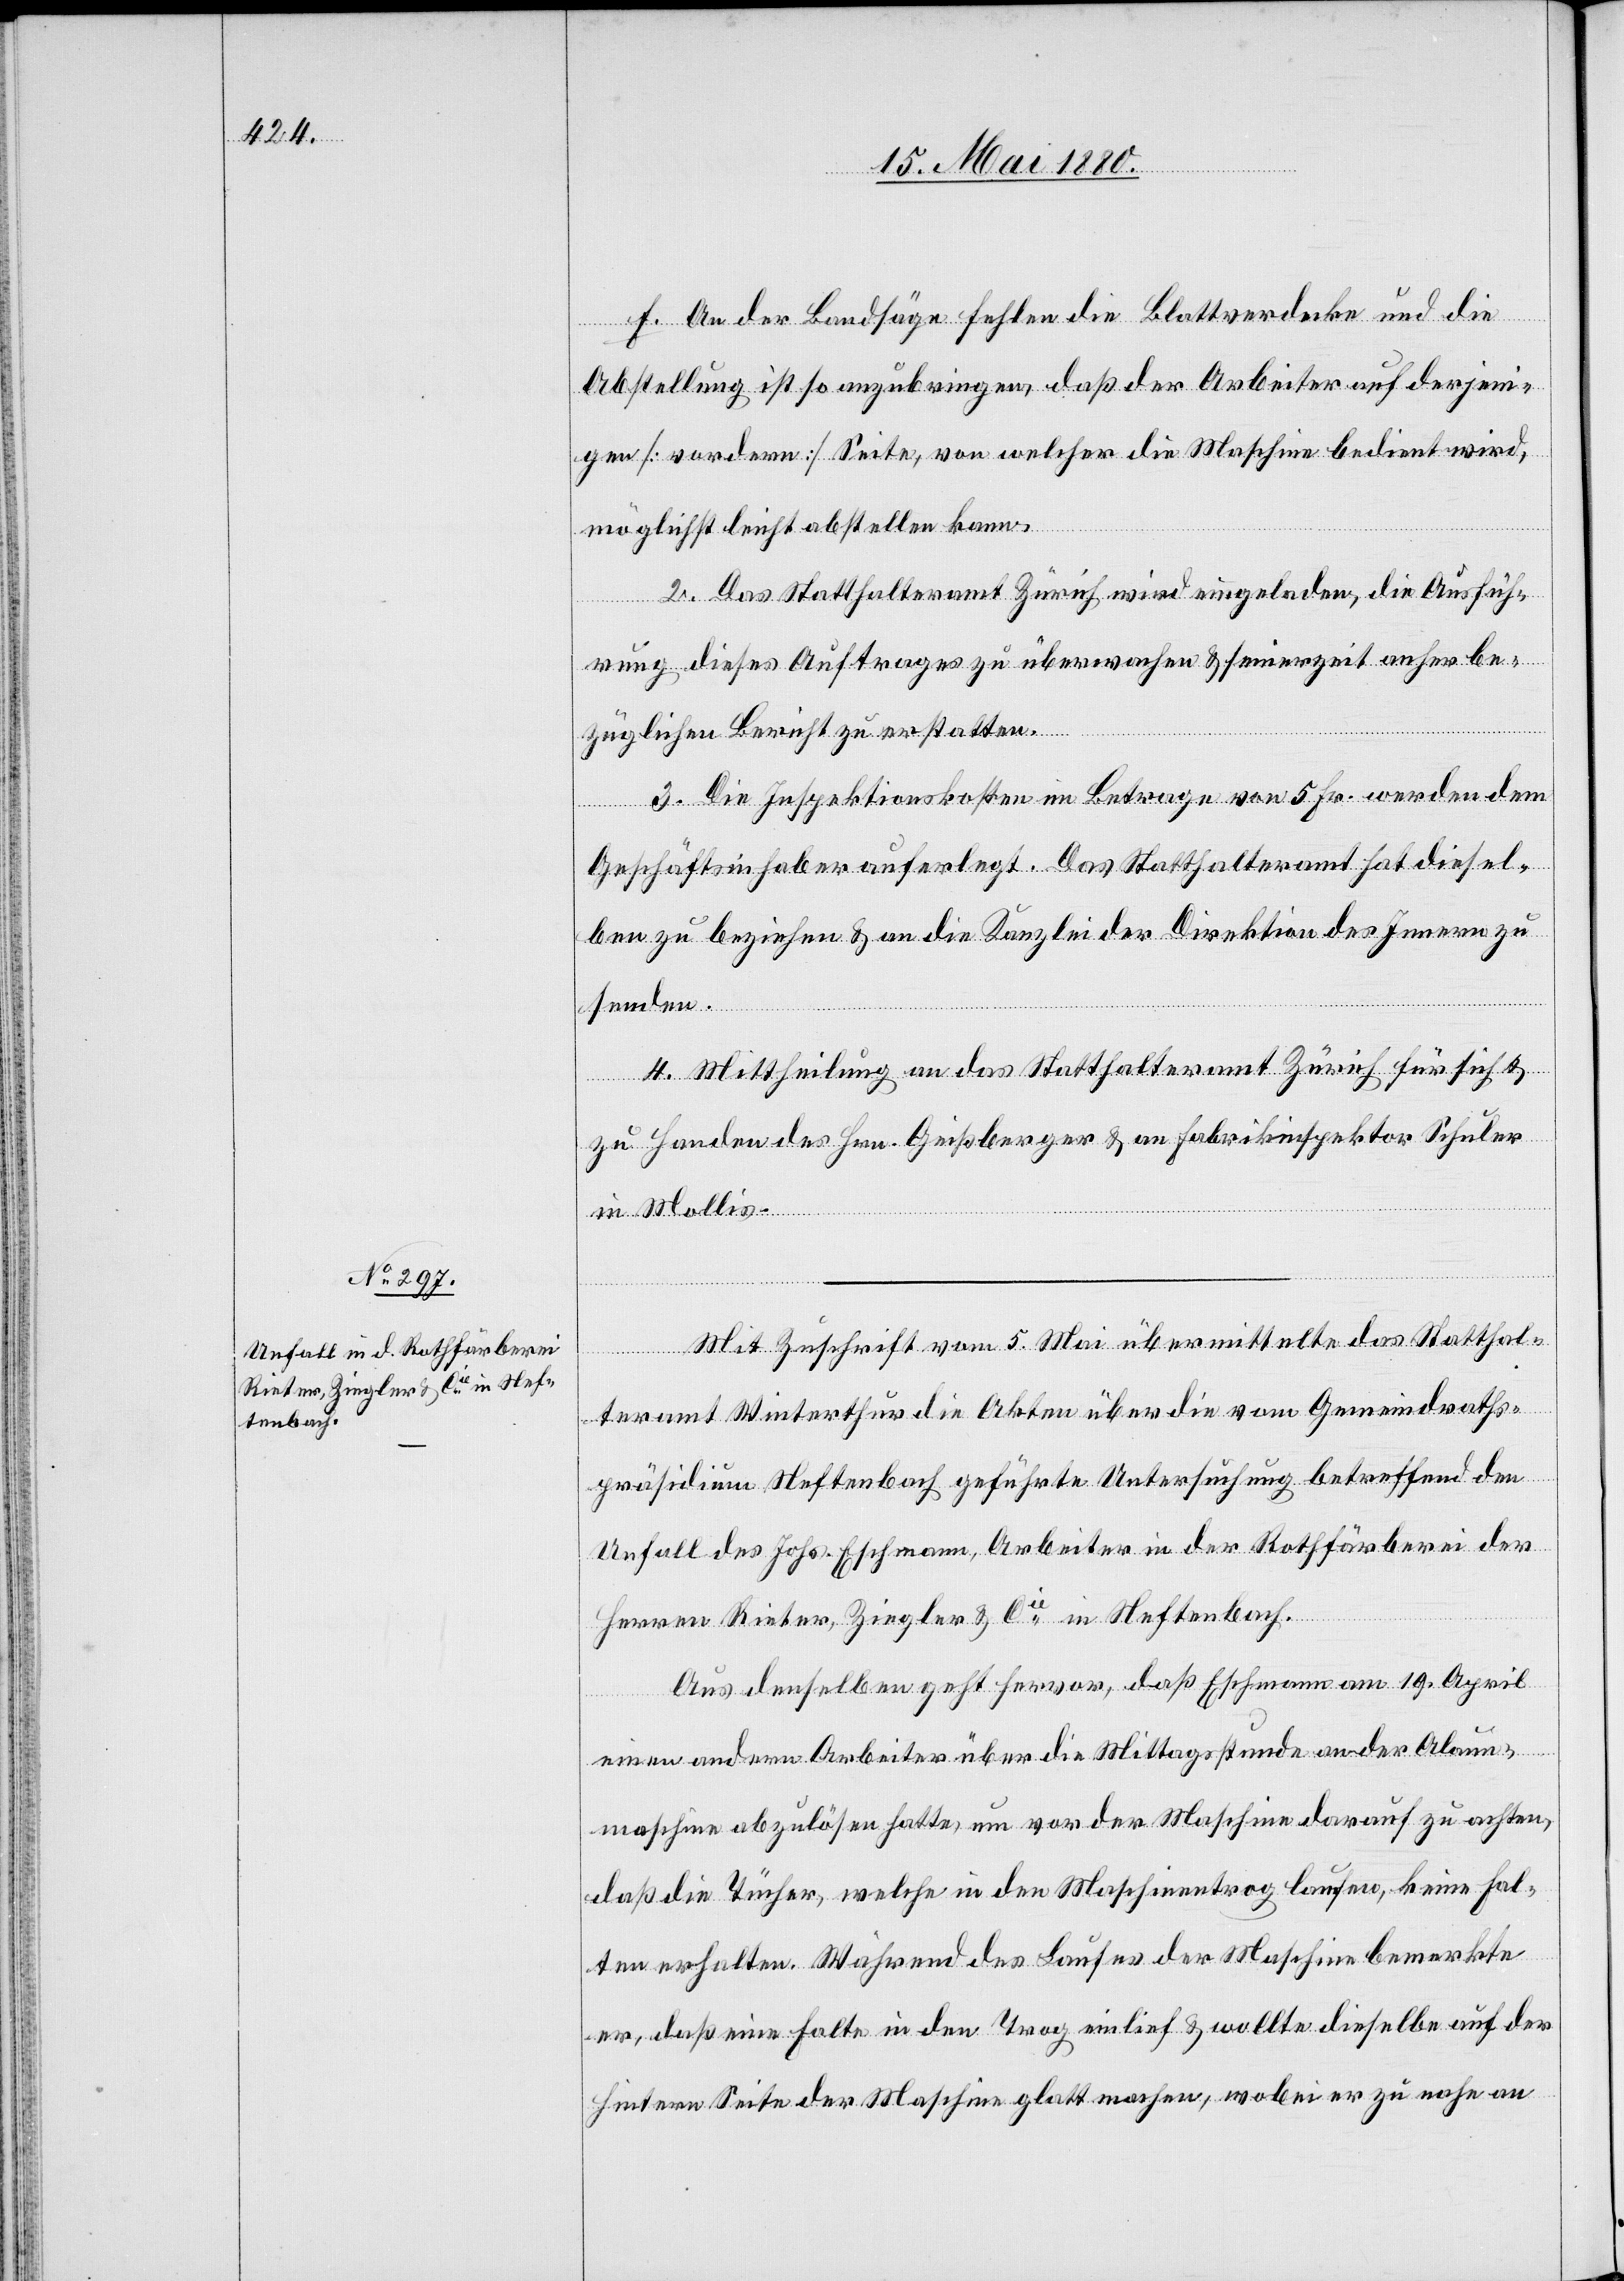
f. An der Bandsäge fehlen die Blattverdecke und die
Abstellung ist so anzubringen, daß der Arbeiter auf derjeni¬
gen [vordern] Seite, von welcher die Maschine bedient wird,
möglichst leicht abstellen kann.
2. Das Statthalteramt Zürich wird eingeladen, die Ausfüh¬
rung dieses Auftrages zu überwachen & seinerzeit anher be¬
züglichen Bericht zu erstatten.
3. Die Inspektionskosten im Betrage von 5 Fr. werden dem
Geschäftsinhaber auferlegt. Das Statthalteramt hat diesel¬
ben zu beziehen & an die Kanzlei der Direktion des Innern zu
senden.
4. Mittheilung an das Statthalteramt Zürich für sich &
zu Handen des Hrn. Geißberger & an Fabrikinspektor Schuler
in Mollis.
Mit Zuschrift vom 5. Mai übermittelte das Statthal¬
teramt Winterthur die Akten über die vom Gemeindraths¬
präsidium Neftenbach geführte Untersuchung betreffend den
Unfall des Johs. Eschmann, Arbeiter in der Rothfärberei der
Herren Rieter, Ziegler & Cie in Neftenbach.
Aus denselben geht hervor, daß Eschmann am 19. April
einen andern Arbeiter über die Mittagsstunde an der Alaun¬
maschine abzulösen hatte, um vor der Maschine darauf zu achten,
daß die Tücher, welche in den Maschinentrog laufen, keine Fal¬
ten erhalten. Während des Laufes der Maschine bemerkte
er, daß eine Falte in den Trog einlief & wollte dieselbe auf der
hintern Seite der Maschine glatt machen, wobei er zu nahe an